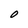
Character: O